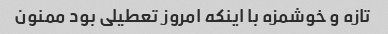
تازه و خوشمزه با اینکه امروز تعطیلی بود ممنون